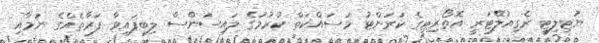
ޔުޓިލިޓީ ރެގިއުލޭޓަރީ އޮތޯރިޓީގެ ކަރަންޓު މަސައްކަތް ކުރުމުގެ ލައިސަންސް ލިބިފައިވާ ފަރާތެއްގެ ނަމާއި